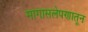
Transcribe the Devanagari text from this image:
मागासलेपणातून